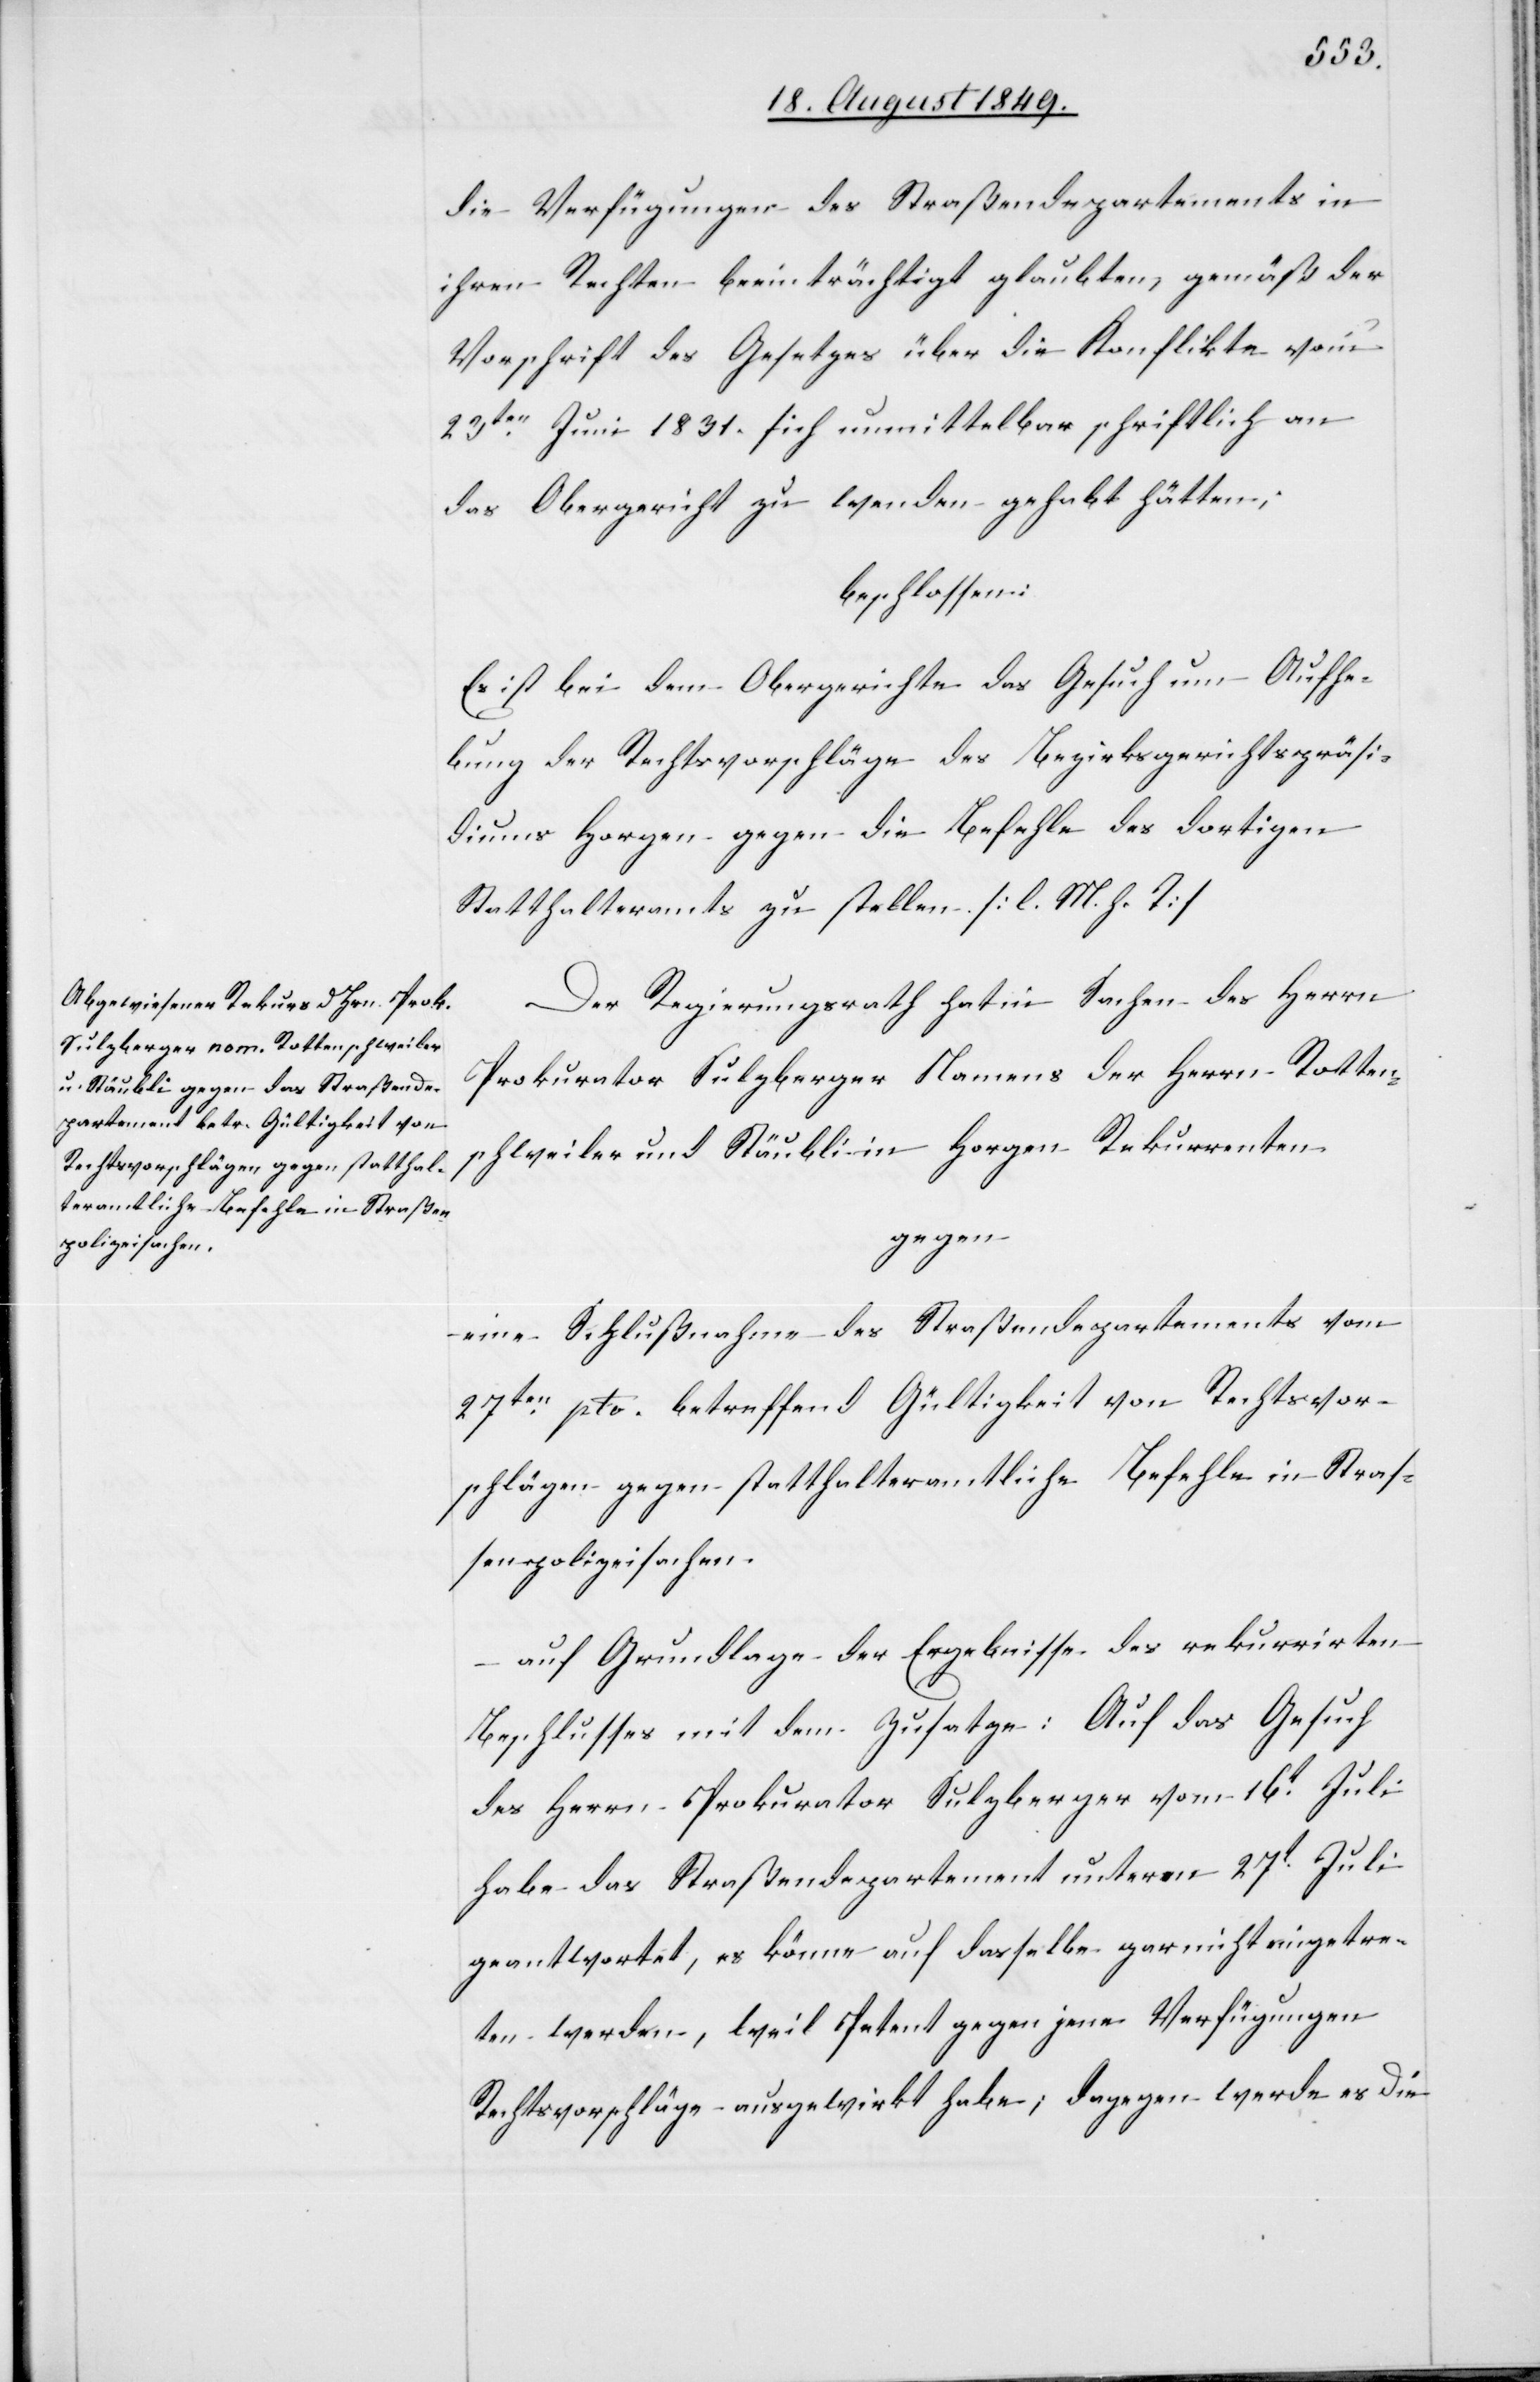
die Verfügungen des Straßendepartements in
ihren Rechten beeinträchtigt glaubten, gemäß der
Vorschrift des Gesetzes über die Konflikte vom
23ten Juni 1831. sich unmittelbar schriftlich an
das Obergericht zu wenden gehabt hätten;
beschlossen:
Es ist bei dem Obergerichte das Gesuch um Aufhe¬
bung der Rechtsvorschläge des Bezirksgerichtspräsi¬
diums Horgen gegen die Befehle des dortigen
Statthalteramts zu stellen. [l. M. h. T]
Der Regierungsrath hat in Sachen des Herrn
Prokurator Sulzberger Namens der Herrn Rotten¬
schweiler und Stäubli in Horgen Rekurrenten
gegen
eine Schlußnahme des Straßendepartements vom
27ten pto. betreffend Gültigkeit von Rechtsvor¬
schlägen gegen statthalteramtliche Befehle in Stras¬
senpolizeisachen.
auf Grundlage der Ergebnisse des rekurrirten
Beschlusses mit dem Zusatze: Auf das Gesuch
des Herrn Prokurator Sulzberger vom 16t Juli
habe das Straßendepartement unterm 27t Juli
geantwortet, es könne auf dasselbe gar nicht eingetre¬
ten werden, weil Petent gegen jene Verfügungen
Rechtsvorschläge ausgewirkt habe; dagegen werde es die